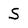
Character: S